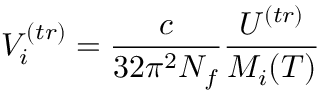
V _ { i } ^ { ( t r ) } = \frac { c } { 3 2 \pi ^ { 2 } N _ { f } } \frac { U ^ { ( t r ) } } { M _ { i } ( T ) }